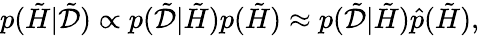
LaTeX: p(\tilde{H}|\tilde{\mathcal{D}})\propto p(\tilde{\mathcal{D}}|\tilde{H})p(\tilde{H})\approx p(\tilde{\mathcal{D}}|\tilde{H})\hat{p}(\tilde{H}),